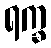
ရက္ခ